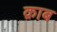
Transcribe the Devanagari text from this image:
क़ाब